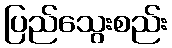
ပြည်သွေးစည်း